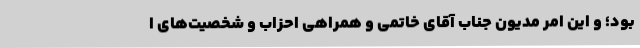
بود؛ و این امر مدیون جناب آقای خاتمی و همراهی احزاب و شخصیت‌های ا